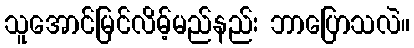
သူအောင်မြင်လိမ့်မည်နည်း ဘာပြောသလဲ။